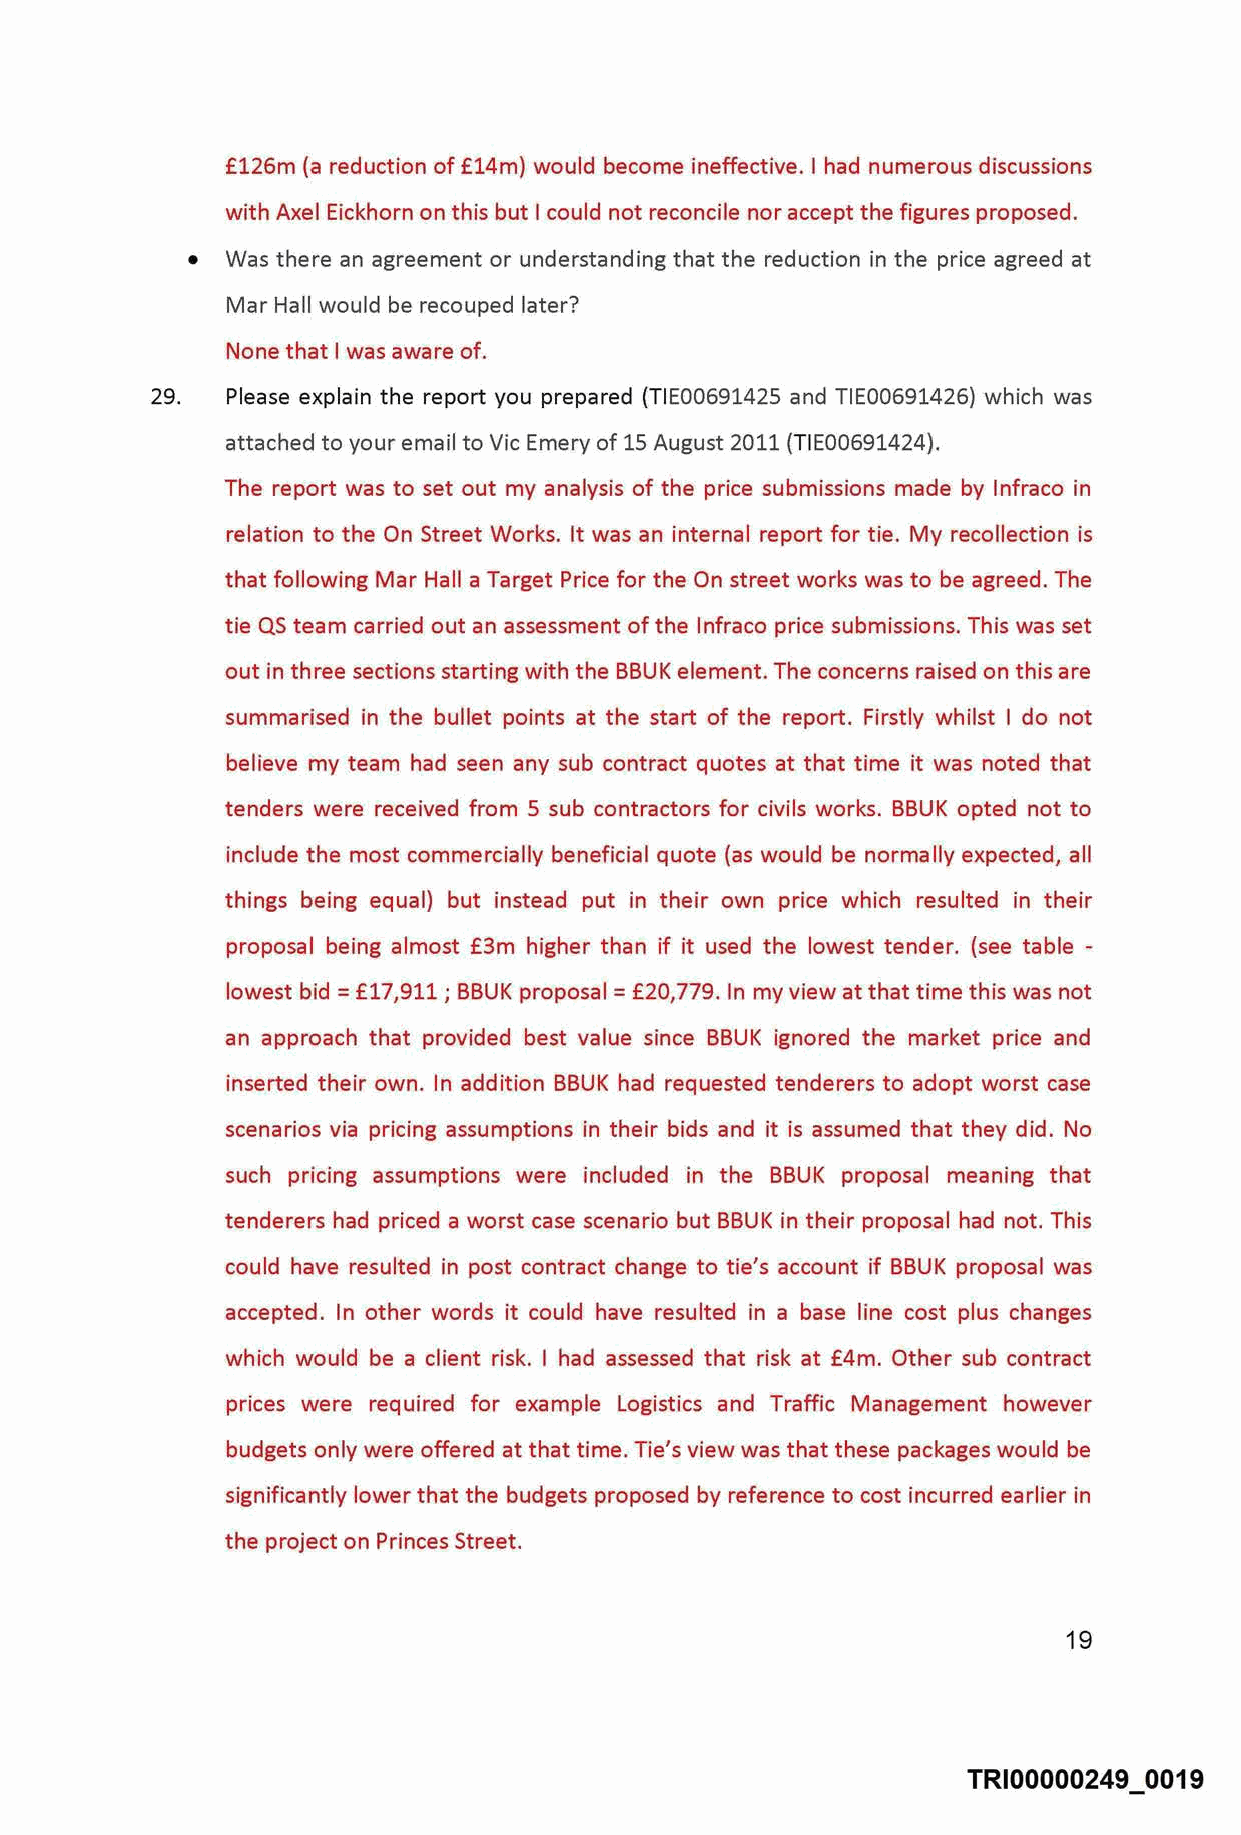
£126m (a reduction of £14m) would become ineffective. I had numerous discussions
 with Axel Eickhorn on this but I could not reconcile nor accept the figures proposed.
 •  Was there an agreement or understanding that the reduction in the price agreed at
 Mar Hall would be recouped later?
 None that I was aware of.
 29.  Please explain the report you prepared (TIE00691425 and TIE00691426) which was
 attached to your email to Vic Emery of 15 August 2011 (TIE00691424).
 The report was to set out my analysis of the price submissions made by lnfraco in
 relation to the On Street Works. It was an internal report for tie. My recollection is
 that following Mar Hall a Target Price for the On street works was to be agreed. The
 tie QS team carried out an assessment of the lnfraco price submissions. This was set
 out in three sections starting with the BBUK element. The concerns raised on this are
 summarised in the bullet points at the start of the report. Firstly whilst I do not
 believe my team had seen any sub contract quotes at that time it was noted that
 tenders were received from 5 sub contractors for civils works. BBUK opted not to
 include the most commercially beneficial quote (as would be normally expected, all
 things being equal) but instead put in their own price which resulted in their
 proposal being almost £3m higher than if it used the lowest tender. (see table -
 lowest bid= £17,911; BBUK proposal= £20,779. In my view at that time this was not
 an approach that provided best value since BBUK ignored the market price and
 inserted their own. In addition BBUK had requested tenderers to adopt worst case
 scenarios via pricing assumptions in their bids and it is assumed that they did. No
 such pricing assumptions were included in the BBUK proposal meaning that
 tenderers had priced a worst case scenario but BBUK in their proposal had not. This
 could have resulted in post contract change to tie's account if BBUK proposal was
 accepted. In other words it could have resulted in a base line cost plus changes
 which would be a client risk. I had assessed that risk at £4m. Other sub contract
 prices were required for example Logistics and Traffic Management however
 budgets only were offered at that time. Tie's view was that these packages would be
 significantly lower that the budgets proposed by reference to cost incurred earlier in
 the project on Princes Street.
 19
 TRI00000249 0019